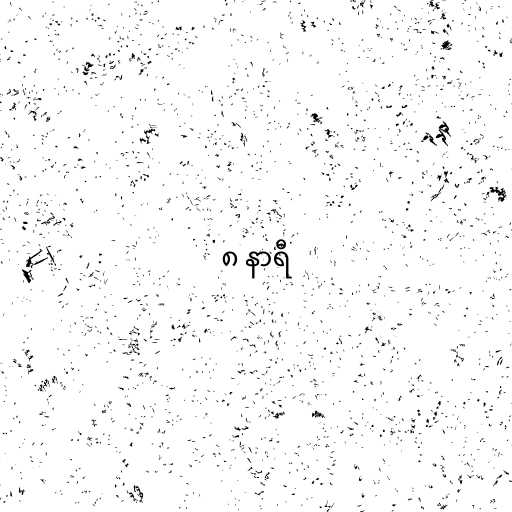
၈ နာရီ